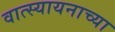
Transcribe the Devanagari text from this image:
वात्स्यायनाच्या